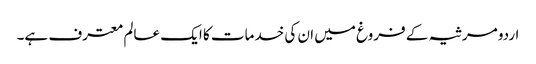
اردو مرثیہ کے فروغ میں ان کی خدمات کا ایک عالم معترف ہے۔